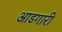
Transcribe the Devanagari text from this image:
आडगारी